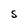
Character: S